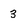
Character: 3